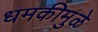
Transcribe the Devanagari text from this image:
धमकीमुळे